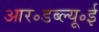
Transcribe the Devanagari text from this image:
आर॰डब्ल्यू॰ई